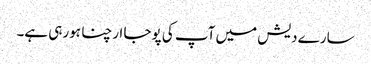
سارے دیش میں آپ کی پوجا ارچنا ہورہی ہے۔